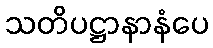
သတိပဋ္ဌာနာနံပေ